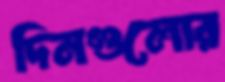
দিনগুলোর